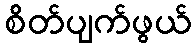
စိတ်ပျက်ဖွယ်